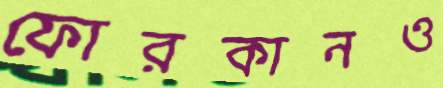
ফোরকানও